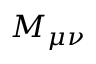
M _ { \mu \nu }